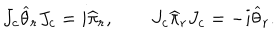
J _ { c } \widehat \theta _ { r } J _ { c } = i \widehat \pi _ { r } , \qquad J _ { c } \widehat \pi _ { r } J _ { c } = - i \widehat \theta _ { r } .